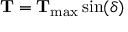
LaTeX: \mathbf { T } = \mathbf { T } _ { \mathrm { m a x } } \sin ( \delta )